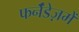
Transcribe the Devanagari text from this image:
फर्नॅंडेज़में